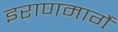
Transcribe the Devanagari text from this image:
इराणमार्गे